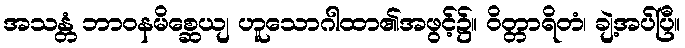
အသန္တံ ဘာဝနမိစ္ဆေယျ ဟူသောဂါထာ၏အဖွင့်၌။ ဝိတ္တာရိတံ၊ ချဲ့အပ်ပြီ။